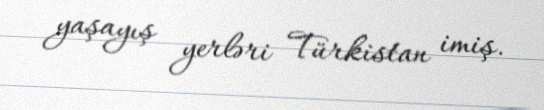
yaşayış yerləri Türkistan imiş.